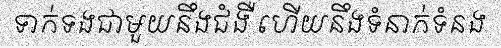
ទាក់ទងជាមួយនឹងជំងឺ ហើយនឹងទំនាក់ទំនង